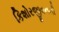
કિશોરજીવનની